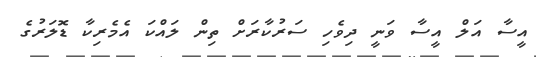
އީސާ އަލް އީސާ ވަނީ ދިވެހި ސަރުކާރަށް ތިން ލައްކަ އެމެރިކާ ޑޮލަރުގެ